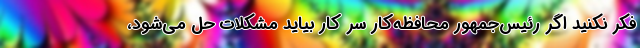
فکر نکنید اگر رئیس‌جمهور محافظه‌کار سر کار بیاید مشکلات حل می‌شود،